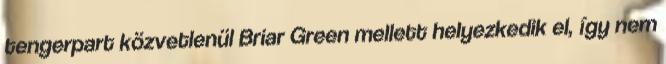
tengerpart közvetlenül Briar Green mellett helyezkedik el, így nem